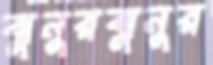
ঝুনুরঝুনুর